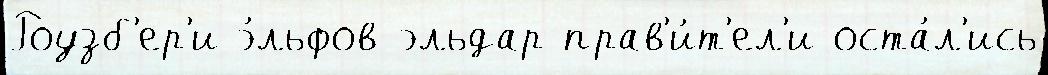
Роузб'ер'и э́льфов-эльдар прав'и́т'ел'и оста́л'ись